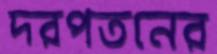
দরপতনের